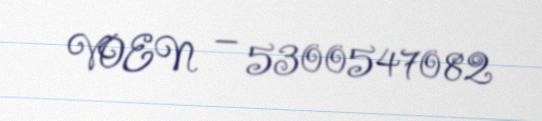
VOEN — 5300547082